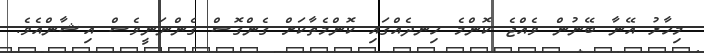
މިހާރު އޭނާ ބޭނުން ވެއްޖެ ކޮންމެ ހިނދެއްގައި ކޮންމެތާކަށް ގެންގޮސް ގެންނަނީވެސް އިޝާންއެވެ.